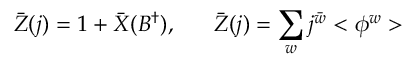
\bar { Z } ( j ) = 1 + \bar { X } ( B ^ { \dagger } ) , \; \; \; \; \; \; \bar { Z } ( j ) = \sum _ { w } j ^ { \bar { w } } < \phi ^ { w } >